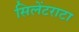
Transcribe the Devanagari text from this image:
सिलेंटराटा